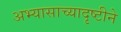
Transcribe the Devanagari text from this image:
अभ्यासाच्यादृष्टीने